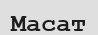
Масат